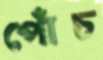
পোঁচ